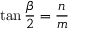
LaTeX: \tan { \frac { \beta } { 2 } } = { \frac { n } { m } }